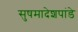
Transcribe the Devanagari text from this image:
सुषमादेशपांडे